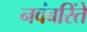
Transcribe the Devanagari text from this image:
नवंबरिंते